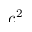
c ^ { 2 }